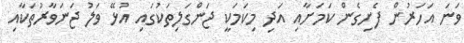
ވަނަ އަހަރުން ފެށިގެން ކަމަށާއި އަދި މިކަމަކީ ޖަންގަލިތަކުގައި އުޅޭ ވަލު ޖަނަވާރުތަކާއި